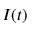
I ( t )